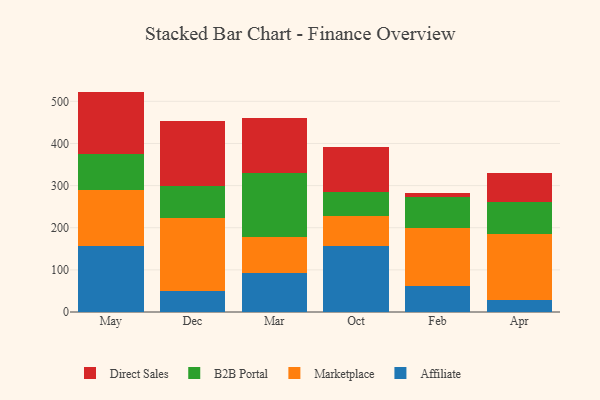
{"axis": {"x": "Month", "y": "Page Views"}, "legend": ["Affiliate", "B2B Portal", "Direct Sales", "Marketplace"], "data": [{"x": "May", "y": 156.7, "type": "Affiliate"}, {"x": "May", "y": 132.3, "type": "Marketplace"}, {"x": "May", "y": 86.8, "type": "B2B Portal"}, {"x": "May", "y": 147.3, "type": "Direct Sales"}, {"x": "Dec", "y": 48.9, "type": "Affiliate"}, {"x": "Dec", "y": 174.1, "type": "Marketplace"}, {"x": "Dec", "y": 76.1, "type": "B2B Portal"}, {"x": "Dec", "y": 154.0, "type": "Direct Sales"}, {"x": "Mar", "y": 93.7, "type": "Affiliate"}, {"x": "Mar", "y": 83.2, "type": "Marketplace"}, {"x": "Mar", "y": 152.8, "type": "B2B Portal"}, {"x": "Mar", "y": 131.4, "type": "Direct Sales"}, {"x": "Oct", "y": 157.8, "type": "Affiliate"}, {"x": "Oct", "y": 70.7, "type": "Marketplace"}, {"x": "Oct", "y": 55.9, "type": "B2B Portal"}, {"x": "Oct", "y": 106.9, "type": "Direct Sales"}, {"x": "Feb", "y": 61.5, "type": "Affiliate"}, {"x": "Feb", "y": 139.0, "type": "Marketplace"}, {"x": "Feb", "y": 73.2, "type": "B2B Portal"}, {"x": "Feb", "y": 9.7, "type": "Direct Sales"}, {"x": "Apr", "y": 27.6, "type": "Affiliate"}, {"x": "Apr", "y": 158.2, "type": "Marketplace"}, {"x": "Apr", "y": 76.2, "type": "B2B Portal"}, {"x": "Apr", "y": 66.8, "type": "Direct Sales"}]}